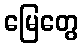
မြေတွေ